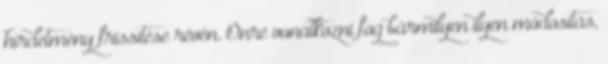
hirdetmény frissítése révén. Önre vonatkozni fog bármilyen ilyen módosítás,